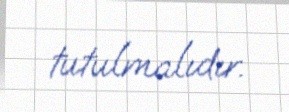
tutulmalıdır.